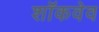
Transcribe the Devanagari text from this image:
शॉकवेव